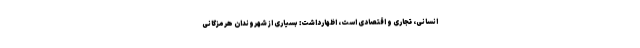
انسانی، تجاری و اقتصادی است، اظهارداشت: بسیاری از شهروندان هرمزگانی